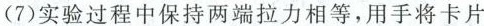
(7)实验过程中保持两端拉力相等，用手将卡片